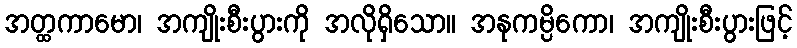
အတ္ထကာမော၊ အကျိုးစီးပွားကို အလိုရှိသော။ အနုကမ္ပိကော၊ အကျိုးစီးပွားဖြင့်